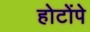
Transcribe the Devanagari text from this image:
होटोंपे